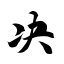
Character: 决